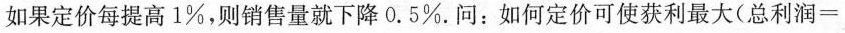
如果定价每提高1%，则销售量就下降0.5%。问：如何定价可使获利最大(总利润=